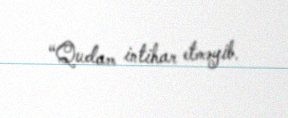
“Qudam intihar etməyib.